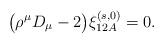
LaTeX: \begin{align*}\bigl( \rho^{\mu} D_{\mu} - 2 \bigr) \xi^{(s,0)}_{12A} = 0.\end{align*}